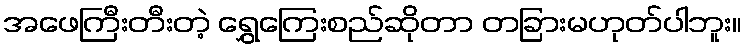
အဖေကြီးတီးတဲ့ ရွှေကြေးစည်ဆိုတာ တခြားမဟုတ်ပါဘူး။